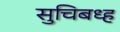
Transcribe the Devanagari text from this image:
सुचिबध्ह